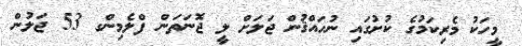
މީހަކު މެރިކަމުގެ ކުށުގައި ނުހައްޤުން ޖަލަށް ލީ ޖޮނަތަން ފްލެމިންގ 53 ޖަލުން